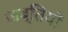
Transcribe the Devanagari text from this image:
ज़ब्तियों